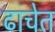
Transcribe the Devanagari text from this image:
ढाचेत